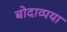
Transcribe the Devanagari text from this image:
बोदाव्पया